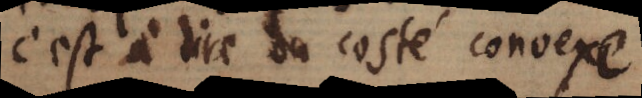
c’est à dire du costé convexe